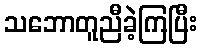
သဘောတူညီခဲ့ကြပြီး